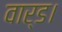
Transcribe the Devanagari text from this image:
वार्ड।